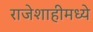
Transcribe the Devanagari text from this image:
राजेशाहीमध्ये